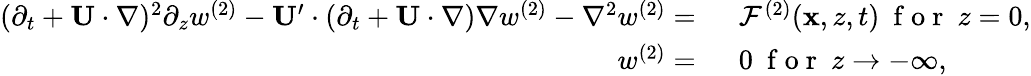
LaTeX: \begin{array}{rl}{(\partial_{t}+\mathbf{U}\cdot\nabla)^{2}\partial_{z}w^{(2)}-\mathbf{U}^{\prime}\cdot(\partial_{t}+\mathbf{U}\cdot\nabla)\nabla w^{(2)}-\nabla^{2}w^{(2)}=~}&{{}\mathcal{F}^{(2)}(\mathbf{x},z,t)~\mathrm{~f~o~r~}~z=0,}\\ {w^{(2)}=~}&{{}0~\mathrm{~f~o~r~}~z\to-\infty,}\end{array}